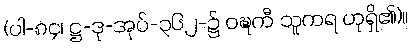
(ပါ-၈၄၊ ဋ္ဌ-ဒု-အုပ်-၃၆၂-၌ ဝဍ္ဎကီ သူကရ ဟုရှိ၏)။